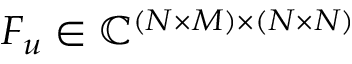
F _ { u } \in \mathbb { C } ^ { ( N \times M ) \times ( N \times N ) }